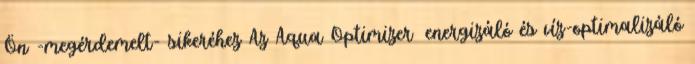
Ön -megérdemelt- sikeréhez Az Aqua Optimizer™ energizáló és víz-optimalizáló